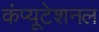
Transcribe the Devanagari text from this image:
कंप्‍यूटेशनल